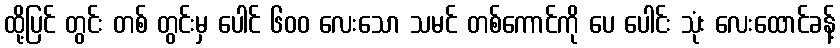
ထို့ပြင် တွင်း တစ် တွင်းမှ ပေါင် ၆၀၀ လေးသော သမင် တစ်ကောင်ကို ပေ ပေါင်း သုံး လေးထောင်ခန့်